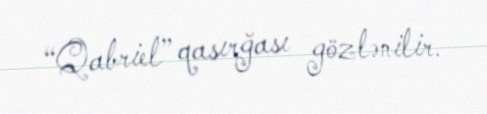
“Qabriel” qasırğası gözlənilir.